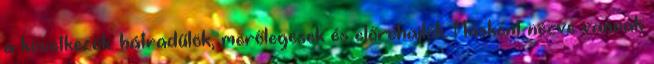
a következők: hátradűlök, merőlegesek és előrehajlók. Másként nézve vannak